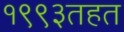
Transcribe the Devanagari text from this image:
१९९३तहत